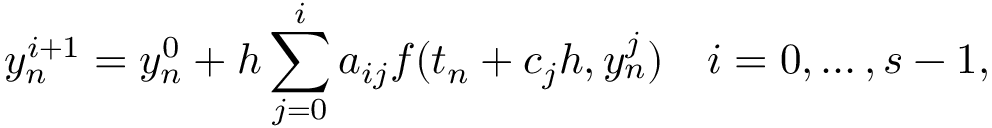
y _ { n } ^ { i + 1 } = y _ { n } ^ { 0 } + h \sum _ { j = 0 } ^ { i } a _ { i j } f ( t _ { n } + c _ { j } h , y _ { n } ^ { j } ) \quad i = 0 , \dots , s - 1 ,